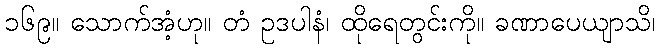
၁၆၉။ သောက်အံ့ဟု။ တံ ဥဒပါနံ၊ ထိုရေတွင်းကို။ ခဏာပေယျာသိ၊